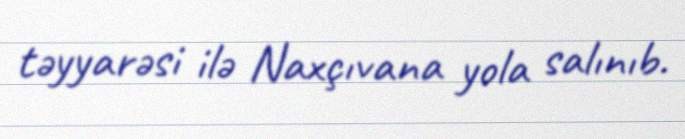
təyyarəsi ilə Naxçıvana yola salınıb.